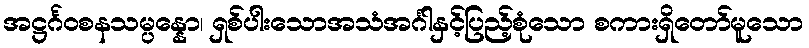
အဋ္ဌင်္ဂဝစနသမ္ပန္နော၊ ရှစ်ပါးသောအသံအင်္ဂါနှင့်ပြည့်စုံသော စကားရှိတော်မူသော